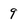
Character: 9